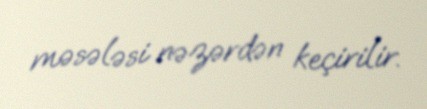
məsələsi nəzərdən keçirilir.